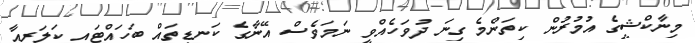
މިނާކްޝީގެ އުމުރުން ކިތަންމެ ގިނަ ދުވަހެއްވީ ނަމަވެސް އޭނާގެ ކަނޑިތައް ބަހައްޓައި ކަލަރީއާ